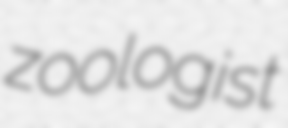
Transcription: zoologist